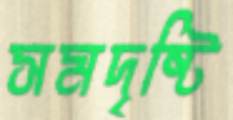
সমদৃষ্টি